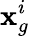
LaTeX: \mathbf{x}_{g}^{i}